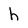
Character: h